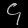
Digit: ၄